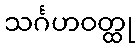
သင်္ဂဟဝတ္ထု